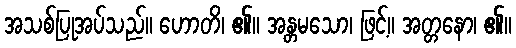
အသစ်ပြုအပ်သည်။ ဟောတိ၊ ၏။ အန္တမသော၊ ဖြင့်။ အတ္တနော၊ ၏။